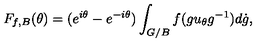
F _ { f , B } ( \theta ) = ( e ^ { i \theta } - e ^ { - i \theta } ) \int _ { G / B } f ( g u _ { \theta } g ^ { - 1 } ) d \dot { g } ,